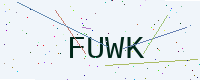
Text: FUWK